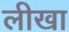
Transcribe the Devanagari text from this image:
लीखा